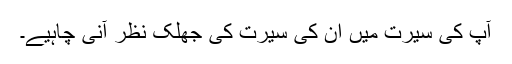
آپ کی سیرت میں اُن کی سیرت کی جھلک نظر آنی چاہیے۔